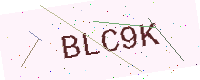
Text: BLC9K